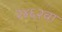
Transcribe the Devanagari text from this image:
२४६२वा